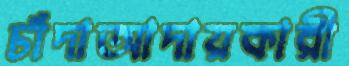
চাঁদাআদায়কারী